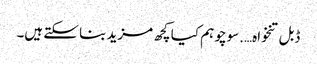
ڈبل تنخواہ….سوچو ہم کیا کچھ مزید بنا سکتے ہیں۔